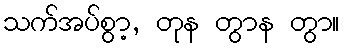
သက်အပ်စွာ့, တုန တွာန တွာ။